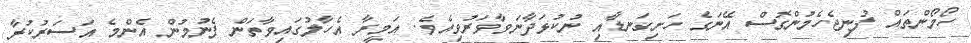
ހޯމޯންތައް ފުނިޖެހެމުންގޮސް އޭނަގެ ހަށިގަނޑާއި ނުކުޅަދާނަވާވަރުވިއެވެ. އަމީރާ އެހާލުގައިވާތަން ފެނުމުން އެންމެ އަސަރުކުރާ